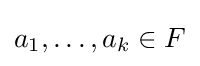
a_{1},\ldots ,a_{k}\in F